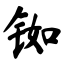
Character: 铷